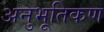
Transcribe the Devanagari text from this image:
अनुभूतिकण